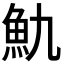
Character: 𩵍